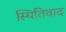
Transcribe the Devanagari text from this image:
स्थितिवाद